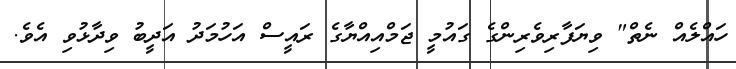
ހައްލެއް ނެތް" ވިޔަފާރިވެރިންގެ ގައުމީ ޖަމްއިއްޔާގެ ރައީސް އަހުމަދު އަދީބު ވިދާޅުވި އެވެ.